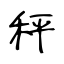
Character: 秤